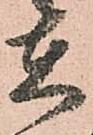
在